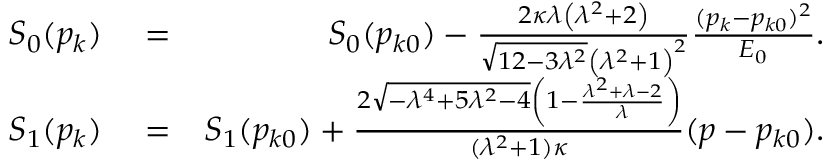
\begin{array} { r l r } { S _ { 0 } ( p _ { k } ) } & { { } = } & { S _ { 0 } ( p _ { k 0 } ) - \frac { 2 \kappa \lambda \left( \lambda ^ { 2 } + 2 \right) } { \sqrt { 1 2 - 3 \lambda ^ { 2 } } \left( \lambda ^ { 2 } + 1 \right) ^ { 2 } } \frac { ( p _ { k } - p _ { k 0 } ) ^ { 2 } } { E _ { 0 } } . } \\ { S _ { 1 } ( p _ { k } ) } & { { } = } & { S _ { 1 } ( p _ { k 0 } ) + \frac { 2 \sqrt { - \lambda ^ { 4 } + 5 \lambda ^ { 2 } - 4 } \left( 1 - \frac { \lambda ^ { 2 } + \lambda - 2 } { \lambda } \right) } { ( \lambda ^ { 2 } + 1 ) \kappa } ( p - p _ { k 0 } ) . } \end{array}